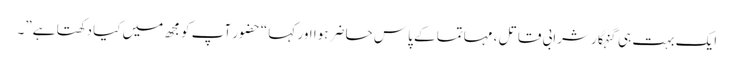
ایک بہت ہی گنہگار شرابی قاتل ، مہاتما کے پاس حاضر ہوا اور کہا “حضور آپ کو مجھ میں کیا دِکھتا ہے”۔